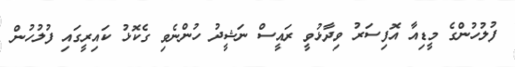
ފުލުހުންގެ މީޑިއާ އޮފިސަރު ވިދާޅުވީ ރައީސް ނަޝީދު ހުންނެވި ގެކޮޅު ކައިރީގައި ފުލުހުން